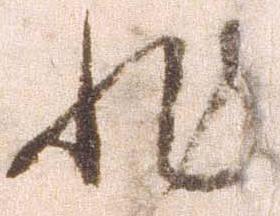
非